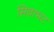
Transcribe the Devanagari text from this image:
सिवाभट